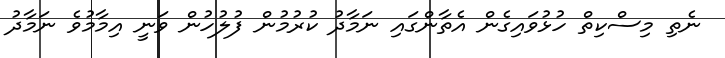
ނެތި މިސްކިތް ހުޅުވައިގެން އެތާންގައި ނަމާދު ކުރުމުން ފުލުހުން ވަނީ އިމާމުވެ ނަމާދު